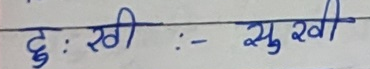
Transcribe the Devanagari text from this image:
दुःखी : - सुखी